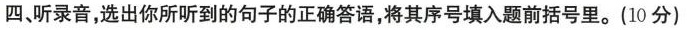
四、听录音，选出你所听到的句子的正确答语，将其序号填入题前括号里。（10分)